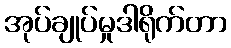
အုပ်ချုပ်မှုဒါရိုက်တာ